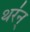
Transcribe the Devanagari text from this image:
थर॑न्